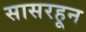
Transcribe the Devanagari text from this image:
सासरहून